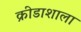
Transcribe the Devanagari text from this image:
क्रीडाशाला